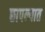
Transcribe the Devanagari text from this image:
छापन्यात